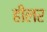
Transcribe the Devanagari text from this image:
हीलर